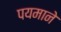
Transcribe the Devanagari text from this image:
पयमाने